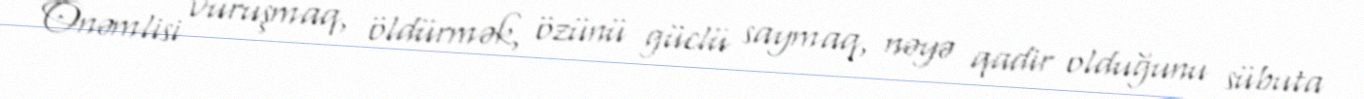
Önəmlisi vuruşmaq, öldürmək, özünü güclü saymaq, nəyə qadir olduğunu sübuta